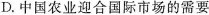
D.中国农业迎合国际市场的需要